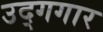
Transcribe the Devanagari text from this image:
उद्गगार